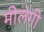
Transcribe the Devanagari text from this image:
मीलेगी